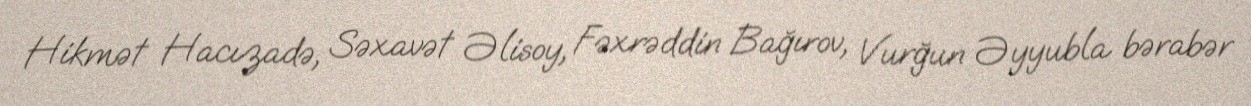
Hikmət Hacızadə, Səxavət Əlisoy, Fəxrəddin Bağırov, Vurğun Əyyubla bərabər